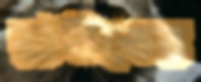
রাউতের